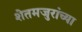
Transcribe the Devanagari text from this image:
शेतमजुरांच्या